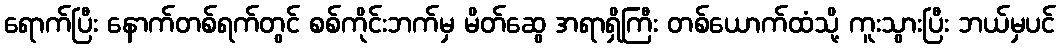
ရောက်ပြီး နောက်တစ်ရက်တွင် စစ်ကိုင်းဘက်မှ မိတ်ဆွေ အရာရှိကြီး တစ်ယောက်ထံသို့ ကူးသွားပြီး ဘယ်မှပင်